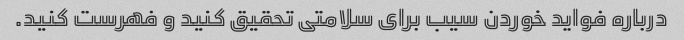
درباره فواید خوردن سیب برای سلامتی تحقیق کنید و فهرست کنید.